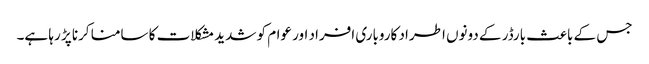
جس کے باعث بارڈر کے دونوں اطراد کاروباری افراد اور عوام کو شدید مشکلات کا سامنا کرنا پڑ رہا ہے۔